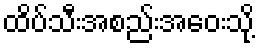
ထိပ်သီးအစည်းအဝေးသို့